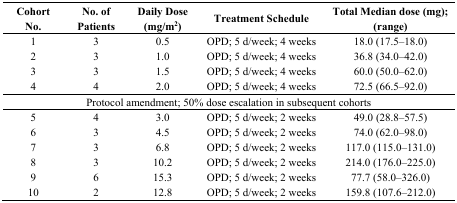
| Cohort No. | No. of Patients | Daily Dose (mg/m2) | Treatment Schedule | Total Median dose (mg); (range) |
 | --- | --- | --- | --- | --- |
 | 1 | 3 | 0.5 | OPD; 5 d/week; 4 weeks | 18.0 (17.5–18.0) |
 | 2 | 3 | 1.0 | OPD; 5 d/week; 4 weeks | 36.8 (34.0–42.0) |
 | 3 | 3 | 1.5 | OPD; 5 d/week; 4 weeks | 60.0 (50.0–62.0) |
 | 4 | 4 | 2.0 | OPD; 5 d/week; 4 weeks | 72.5 (66.5–92.0) |
 | <COLSPAN=5> Protocol amendment; 50% dose escalation in subsequent cohorts |
 | 5 | 4 | 3.0 | OPD; 5 d/week; 2 weeks | 49.0 (28.8–57.5) |
 | 6 | 3 | 4.5 | OPD; 5 d/week; 2 weeks | 74.0 (62.0–98.0) |
 | 7 | 3 | 6.8 | OPD; 5 d/week; 2 weeks | 117.0 (115.0–131.0) |
 | 8 | 3 | 10.2 | OPD; 5 d/week; 2 weeks | 214.0 (176.0–225.0) |
 | 9 | 6 | 15.3 | OPD; 5 d/week; 2 weeks | 77.7 (58.0–326.0) |
 | 10 | 2 | 12.8 | OPD; 5 d/week; 2 weeks | 159.8 (107.6–212.0) |